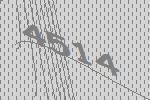
4514